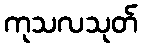
ကုသလသုတ်